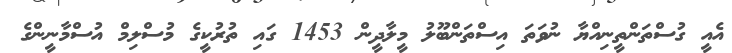
އެއީ ގުސްތަންތީނިއްޔާ ނުވަތަ އިސްތަންބޫލު މީލާދީން 1453 ގައި ތުރުކީގެ މުސްލިމް އުސްމާނީންގެ